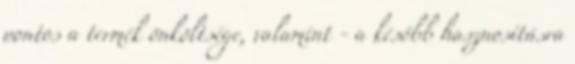
pontos a termék önköltsége, valamint - a később hasznosításra